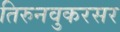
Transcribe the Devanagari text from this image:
तिरुनवुकरसर